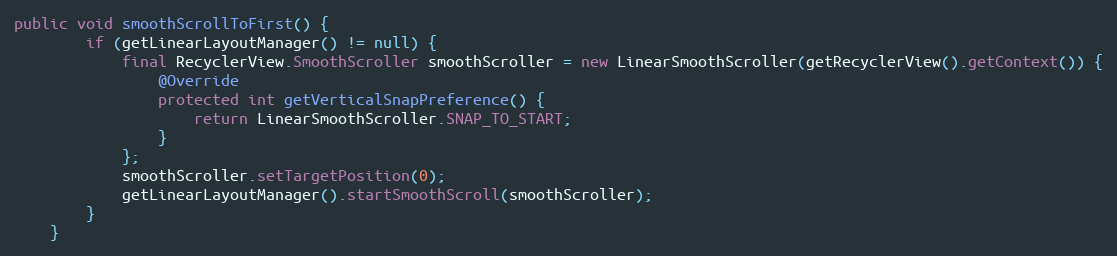
Language: Java
public void smoothScrollToFirst() {
        if (getLinearLayoutManager() != null) {
            final RecyclerView.SmoothScroller smoothScroller = new LinearSmoothScroller(getRecyclerView().getContext()) {
                @Override
                protected int getVerticalSnapPreference() {
                    return LinearSmoothScroller.SNAP_TO_START;
                }
            };
            smoothScroller.setTargetPosition(0);
            getLinearLayoutManager().startSmoothScroll(smoothScroller);
        }
    }